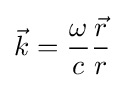
{\vec {k}}={\frac {\omega }{c}}{\frac {\vec {r}}{r}}